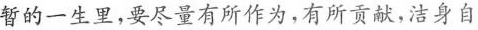
暂的一生里，要尽量有所作为，有所贡献，洁身自